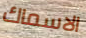
الاسماك